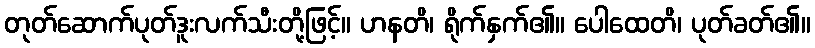
တုတ်ဆောက်ပုတ်ဒူးလက်သီးတို့ဖြင့်။ ဟနတိ၊ ရိုက်နှက်၏။ ပေါထေတိ၊ ပုတ်ခတ်၏။